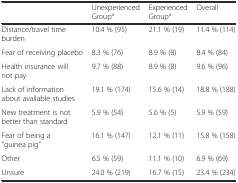
|  | Unexperienced Groupa | Experienced Groupa | Overall |
 | --- | --- | --- | --- |
 | Distance/travel time burden | 10.4 % (95) | 21.1 % (19) | 11.4 % (114) |
 | Fear of receiving placebo | 8.3 % (76) | 8.9 % (8) | 8.4 % (84) |
 | Health insurance will not pay | 9.7 % (88) | 8.9 % (8) | 9.6 % (96) |
 | Lack of information about available studies | 19.1 % (174) | 15.6 % (14) | 18.8 % (188) |
 | New treatment is not better than standard | 5.9 % (54) | 5.6 % (5) | 5.9 % (59) |
 | Fear of being a “guinea pig” | 16.1 % (147) | 12.1 % (11) | 15.8 % (158) |
 | Other | 6.5 % (59) | 11.1 % (10) | 6.9 % (69) |
 | Unsure | 24.0 % (219) | 16.7 % (15) | 23.4 % (234) |